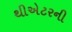
થીએટરની